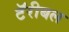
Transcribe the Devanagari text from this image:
टॅरीबल